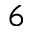
6